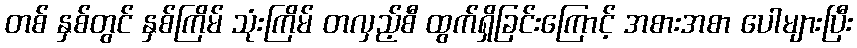
တစ် နှစ်တွင် နှစ်ကြိမ် သုံးကြိမ် တလှည့်စီ ထွက်ရှိခြင်းကြောင့် အစားအစာ ပေါများပြီး